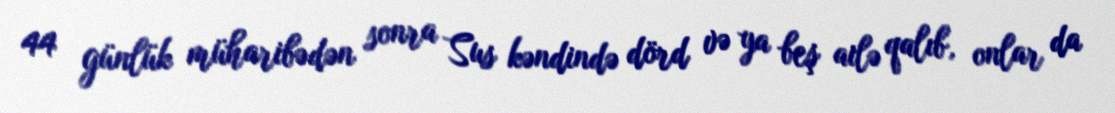
44 günlük müharibədən sonra Sus kəndində dörd və ya beş ailə qalıb, onlar da